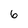
Character: 6